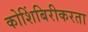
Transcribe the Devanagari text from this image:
कोशिंबिरीकरता